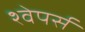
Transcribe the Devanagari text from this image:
श्वेपर्स